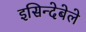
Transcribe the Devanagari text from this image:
इसिन्देबेले